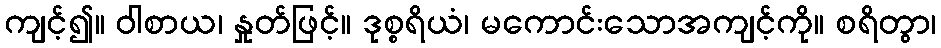
ကျင့်၍။ ဝါစာယ၊ နှုတ်ဖြင့်။ ဒုစ္စရိယံ၊ မကောင်းသောအကျင့်ကို။ စရိတွာ၊